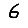
Digit: 6